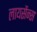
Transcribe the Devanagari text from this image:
लायसेंन्स